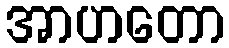
အာဟတော